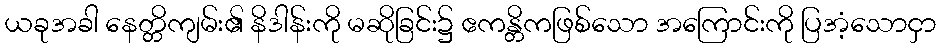
ယခုအခါ နေတ္တိကျမ်း၏ နိဒါန်းကို မဆိုခြင်း၌ ဧကန္တိကဖြစ်သော အကြောင်းကို ပြအံ့သောငှာ